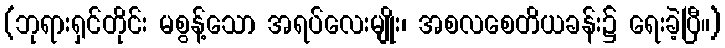
(ဘုရားရှင်တိုင်း မစွန့်သော အရပ်လေးမျိုး၊ အစလစေတိယခန်း၌ ရေးခဲ့ပြီ။)